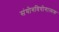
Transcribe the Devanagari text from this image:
संयोगवियोगात्मक